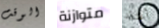
الوقت متوازنة أعتقد